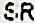
SR